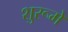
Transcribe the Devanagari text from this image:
शुरूमें